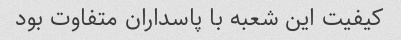
کیفیت این شعبه با پاسداران متفاوت بود